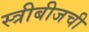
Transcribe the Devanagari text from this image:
स्त्रीबीजची